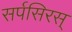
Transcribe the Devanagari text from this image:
सर्पसिरस्